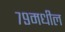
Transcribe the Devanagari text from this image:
७९मधील